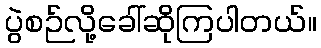
ပွဲစဉ်လို့ခေါ်ဆိုကြပါတယ်။